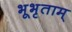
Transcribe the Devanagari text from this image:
भूभृताम्